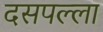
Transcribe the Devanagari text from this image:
दसपल्ला